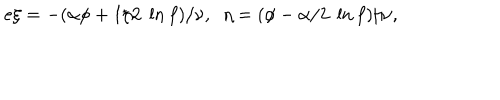
e \xi = - ( \alpha \phi + 1 / 2 \; \ln f ) / \nu , \; \; \eta = ( \phi - \alpha / 2 \; \ln f ) / \nu ,